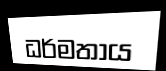
ධර්මතාය